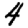
Digit: 4